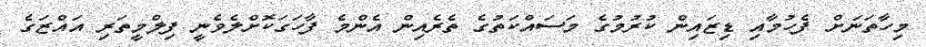
މިހާތަނަށް ފެހުމާއި ޑިޒައިން ކުރުމުގެ މަސައްކަތުގެ ތެރެއިން އެންމެ ފާހަގަކޮށްލެވެނީ ފިލްމީތަރި އައްޒަގެ